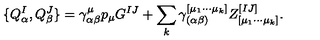
\{ Q _ { \alpha } ^ { I } , Q _ { \beta } ^ { J } \} = \gamma _ { \alpha \beta } ^ { \mu } p _ { \mu } G ^ { I J } + \sum _ { k } \gamma _ { ( \alpha \beta ) } ^ { [ \mu _ { 1 } \cdots \mu _ { k } ] } Z _ { [ \mu _ { 1 } \cdots \mu _ { k } ] } ^ { [ I J ] } .